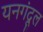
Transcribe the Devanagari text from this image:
यनगंदूल